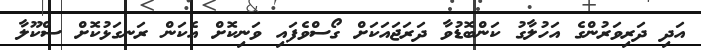
އަދި ދަރިވަރުންގެ އަހުލާގު ކަންބޮޑުވާ ދަރަޖައަކަށް ގޯސްވެފައި ވަނިކޮށް އެކަން ރަނގަޅުކޮށް ސްކޫލާ